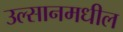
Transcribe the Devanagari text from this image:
उल्सानमधील